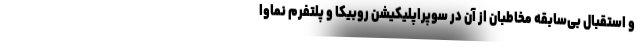
و استقبال بی‌سابقه مخاطبان از آن در سوپراپلیکیشن روبیکا و پلتفرم نماوا